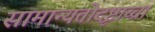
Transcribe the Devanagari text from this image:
सामान्यतोदृष्टाच्चा